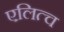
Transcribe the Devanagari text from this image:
एलित्च